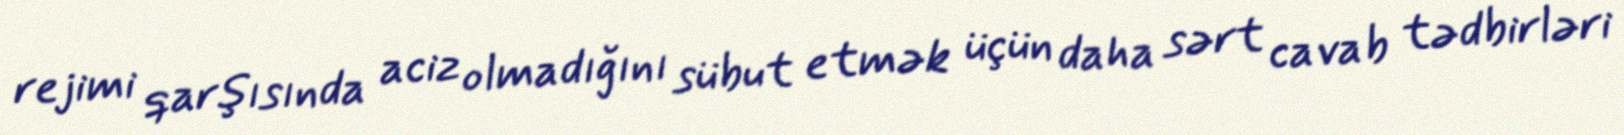
rejimi qarşısında aciz olmadığını sübut etmək üçün daha sərt cavab tədbirləri